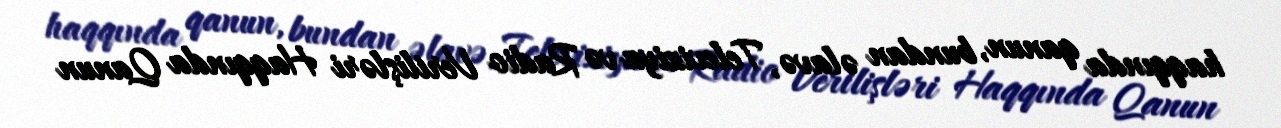
haqqında qanun, bundan əlavə, Televiziya və Radio Verilişləri Haqqında Qanun